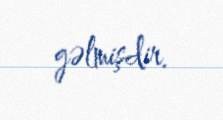
gəlmişdir.